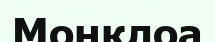
Монклоа